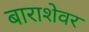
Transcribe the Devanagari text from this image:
बाराशेवर